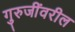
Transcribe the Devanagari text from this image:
गुरुजींवरील